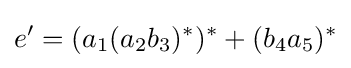
e'=(a_{1}(a_{2}b_{3})^{*})^{*}+(b_{4}a_{5})^{*}